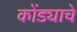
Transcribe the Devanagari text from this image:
कोंड्याचे